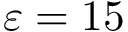
\varepsilon = 1 5